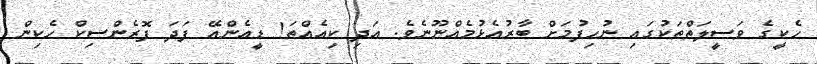
ހެކީގެ ވަސީލަތްތަކުގައި ނުހިފުމަށް ބާރުއެޅުމެއްނޫނެވެ. އަދި ކިއެއްތަ! ޑީއެންއޭ ފަދަ ފޮރެންސިކް ހެކިން